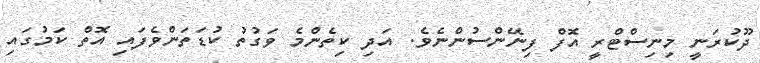
ދޫކުރަނީ މިނިސްޓްރީ އޮފް ފިނޭންސުންނެވެ. އަދި ކިތެންމެ ވަގުތު ކުޑަތަންވެފައި އޮތް ކަމުގައި